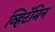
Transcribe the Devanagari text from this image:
व्हिटॅमिन